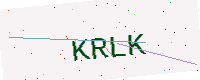
Text: KRLK